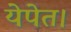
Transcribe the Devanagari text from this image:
येपेत।